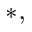
^ { \ast , }